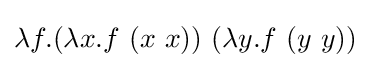
\lambda f.(\lambda x.f\ (x\ x))\ (\lambda y.f\ (y\ y))